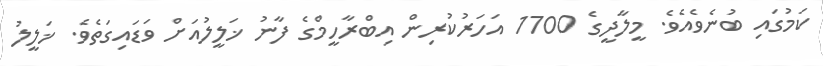
ކަމުގައި ބުނެވެއެވެ. މީލާދީގެ 1700 އަހަރުކުރިން އިބްރާހީމްގެ ފާނު ޚަލީލުއަށް ވަޑައިގަތެވެ. ޚަލީލު